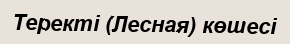
Теректі (Лесная) көшесі